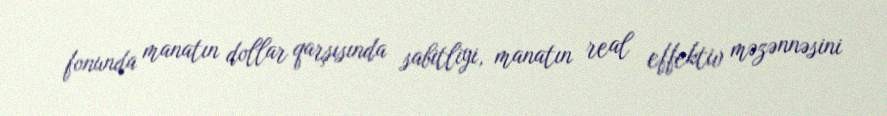
fonunda manatın dollar qarşısında sabitliyi, manatın real effektiv məzənnəsini